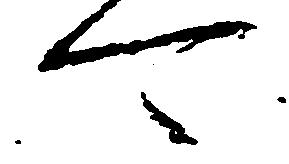
可